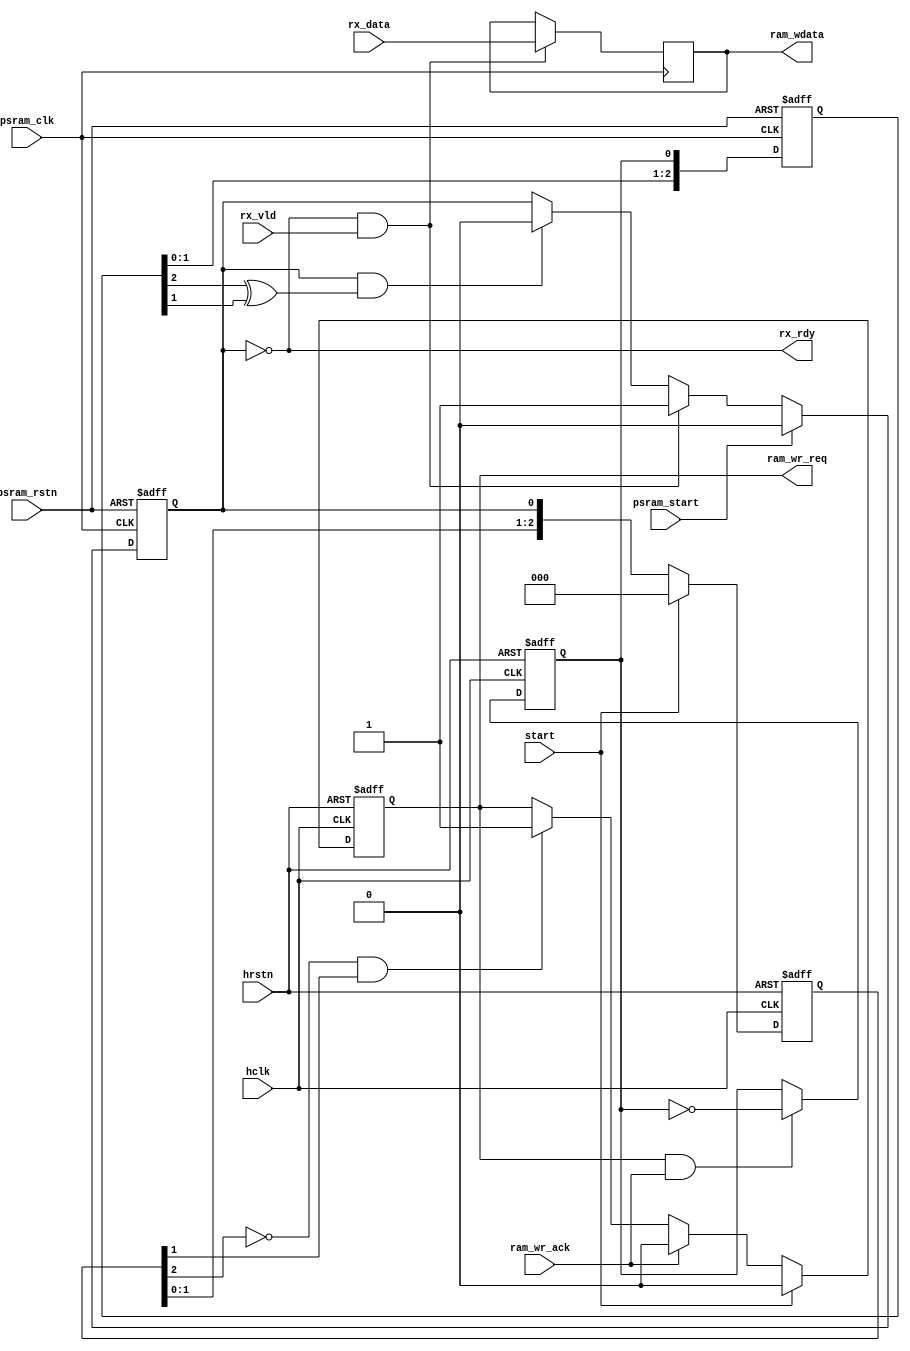
module psram_rx_buf (
    // psram
    input                   psram_rstn,
    input                   psram_clk,
    input                   psram_start,
    output                  rx_rdy,
    input                   rx_vld,
    input   [31:0]          rx_data,
    // hclk
    input                   hclk,
    input                   hrstn,
    input                   start,
    output reg              ram_wr_req,
    input                   ram_wr_ack,
    output  [31:0]          ram_wdata
);
// signals
reg [31:0] d0, d1;
reg fill_flag; reg [2:0] fill_flag_dly;
reg toggle; reg [2:0] toggle_dly; wire tx_vld;

// psram clock domain
always @(posedge psram_clk)
    if (fill_flag == 0 && rx_vld == 1)
        d0 <= rx_data;
always @(posedge psram_clk or negedge psram_rstn)
    if (~psram_rstn)
        fill_flag <= 0;
    else if (psram_start) // init
        fill_flag <= 0;
    else if (fill_flag == 0 && rx_vld == 1)
        fill_flag <= 1;
    else if (fill_flag == 1 && tx_vld == 1)
        fill_flag <= 0;
assign rx_rdy = ~fill_flag;

// cross clock domain
always @(posedge hclk or negedge hrstn)
    if (~hrstn)
        fill_flag_dly <= 0;
    else if (start)
        fill_flag_dly <= 0;
    else
        fill_flag_dly <= {fill_flag_dly[1:0], fill_flag};
wire fill_flag_pulse = ~fill_flag_dly[2] & fill_flag_dly[1]; // may have risks!!! ??? tbd
// 
always @(posedge psram_clk or negedge psram_rstn)
    if (~psram_rstn)
        toggle_dly <= 0;
    else
        toggle_dly <= {toggle_dly[1:0], toggle};
assign tx_vld = toggle_dly[2] ^ toggle_dly[1];

// hclk clock domain
always @(posedge hclk or negedge hrstn)
    if (~hrstn)
        ram_wr_req <= 0;
    else if (start)
        ram_wr_req <= 0;
    else if (ram_wr_ack)
        ram_wr_req <= 0;
    else if (fill_flag_pulse)
        ram_wr_req <= 1;
assign ram_wdata = d0;
// toggle
always @(posedge hclk or negedge hrstn)
    if (~hrstn)
        toggle <= 0;
//    else if (start) // do not need sync reset
//        toggle <= 0;
    else if (ram_wr_req & ram_wr_ack)
        toggle <= ~toggle;

endmodule